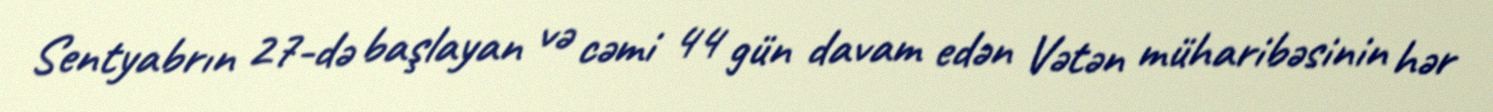
Sentyabrın 27-də başlayan və cəmi 44 gün davam edən Vətən müharibəsinin hər